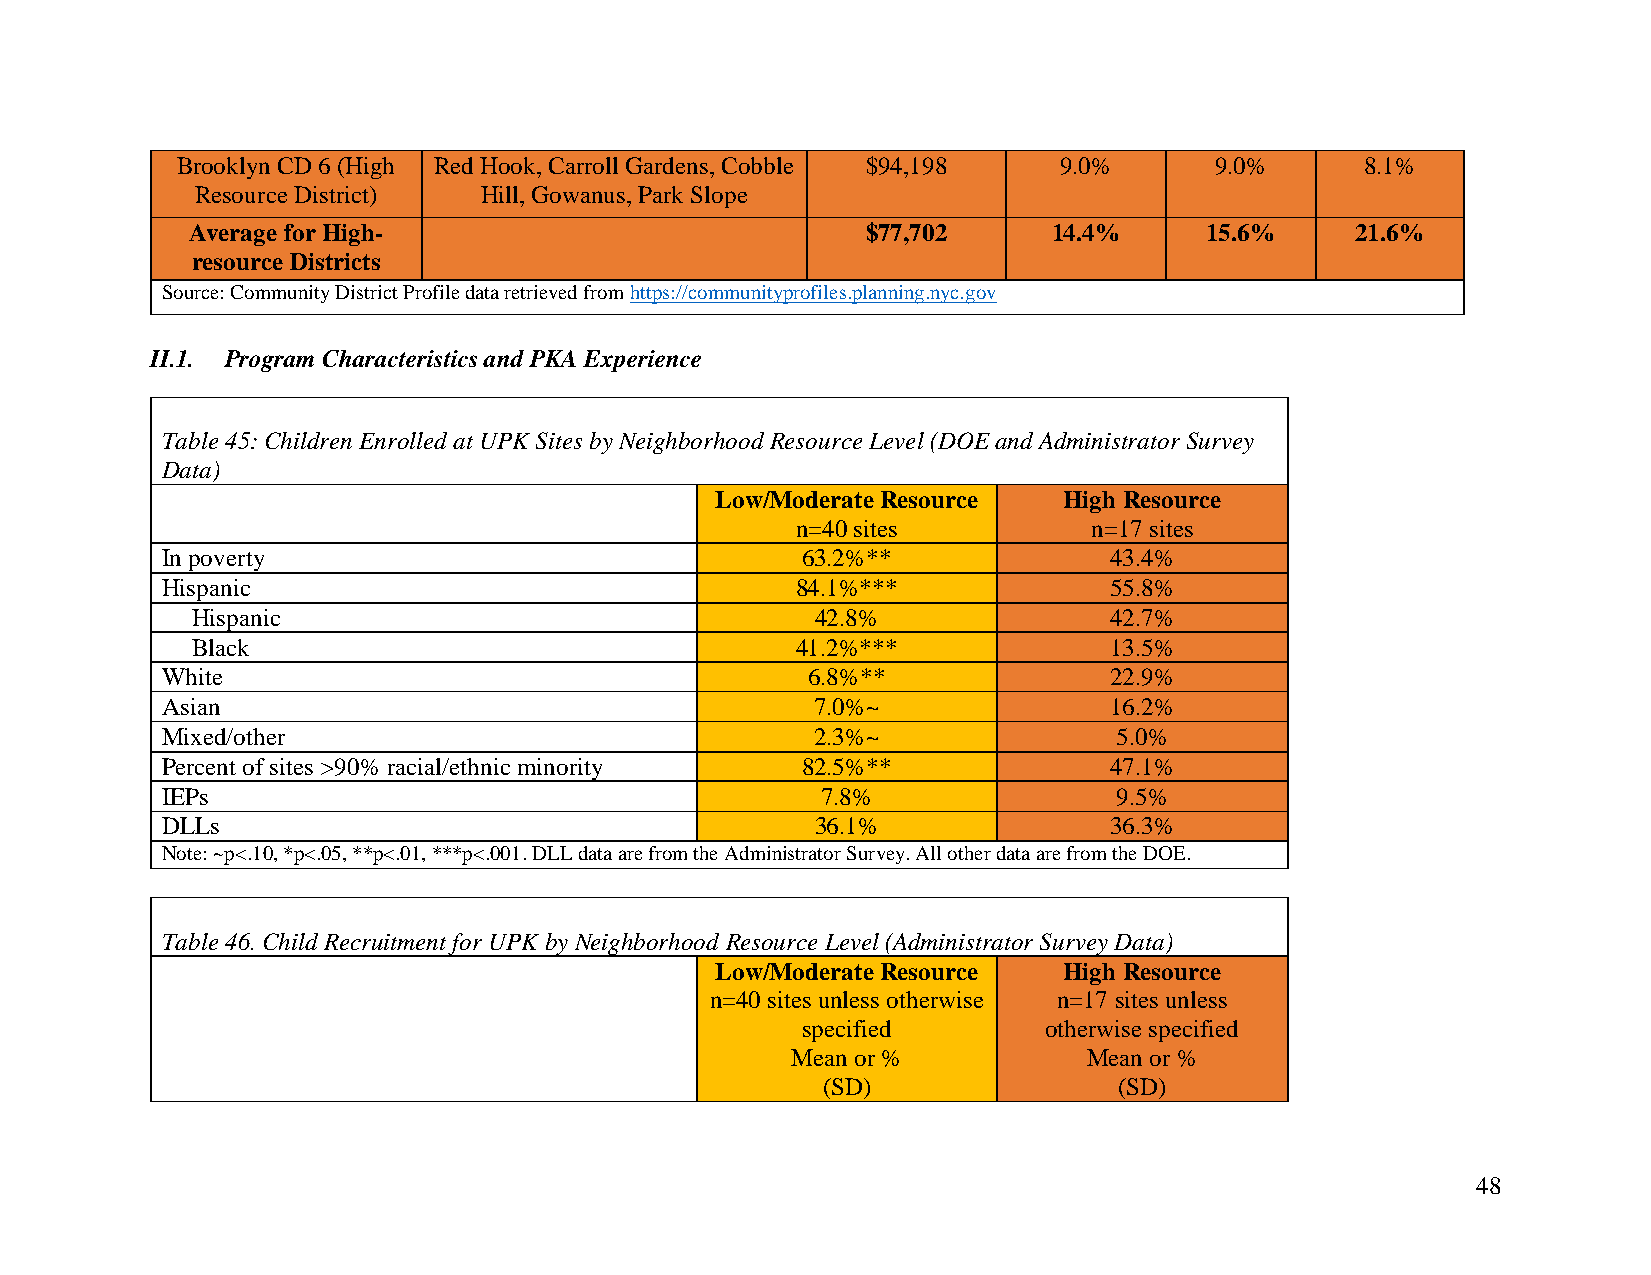
Brooklyn CD 6 (High Red Hook, Carroll Gardens, Cobble $94,198 9.0%  9.0%      8.1%
 Resource District) Hill, Gowanus, Park Slope
 Average for High-                            $77,702      14.4%     15.6%     21.6%
 resource Districts
 Source: Community District Profile data retrieved from https://communityprofiles.planning.nyc.gov
 II.1. Program Characteristics and PKA Experience
 Table 45: Children Enrolled at UPK Sites by Neighborhood Resource Level (DOE and Administrator Survey
 Data)
 Low/Moderate Resource  High Resource
 n=40 sites         n=17 sites
 In poverty                                63.2%**             43.4%
 Hispanic                                  84.1%***            55.8%
 Hispanic                                 42.8%              42.7%
 Black                                   41.2%***            13.5%
 White                                     6.8%**              22.9%
 Asian                                      7.0%~              16.2%
 Mixed/other                                2.3%~               5.0%
 Percent of sites >90% racial/ethnic minority 82.5%**          47.1%
 IEPs                                       7.8%                9.5%
 DLLs                                       36.1%              36.3%
 Note: ~p<.10, *p<.05, **p<.01, ***p<.001. DLL data are from the Administrator Survey. All other data are from the DOE.
 Table 46. Child Recruitment for UPK by Neighborhood Resource Level (Administrator Survey Data)
 Low/Moderate Resource  High Resource
 n=40 sites unless otherwise n=17 sites unless
 specified       otherwise specified
 Mean or %           Mean or %
 (SD)                (SD)
 48